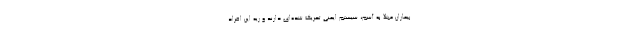
بیماران مبتلا به آسم، سیستم ایمنی تحریک شده‌ای دارند و ریه این افراد